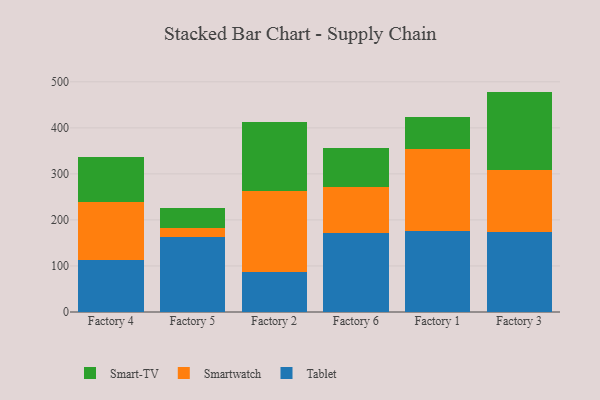
{"axis": {"x": "Factory", "y": "Conversion Rate (%)"}, "legend": ["Smart-TV", "Smartwatch", "Tablet"], "data": [{"x": "Factory 4", "y": 114.0, "type": "Tablet"}, {"x": "Factory 4", "y": 124.6, "type": "Smartwatch"}, {"x": "Factory 4", "y": 98.1, "type": "Smart-TV"}, {"x": "Factory 5", "y": 162.1, "type": "Tablet"}, {"x": "Factory 5", "y": 19.7, "type": "Smartwatch"}, {"x": "Factory 5", "y": 44.9, "type": "Smart-TV"}, {"x": "Factory 2", "y": 86.1, "type": "Tablet"}, {"x": "Factory 2", "y": 176.2, "type": "Smartwatch"}, {"x": "Factory 2", "y": 149.3, "type": "Smart-TV"}, {"x": "Factory 6", "y": 172.0, "type": "Tablet"}, {"x": "Factory 6", "y": 100.0, "type": "Smartwatch"}, {"x": "Factory 6", "y": 85.2, "type": "Smart-TV"}, {"x": "Factory 1", "y": 176.9, "type": "Tablet"}, {"x": "Factory 1", "y": 176.9, "type": "Smartwatch"}, {"x": "Factory 1", "y": 70.4, "type": "Smart-TV"}, {"x": "Factory 3", "y": 173.0, "type": "Tablet"}, {"x": "Factory 3", "y": 135.8, "type": "Smartwatch"}, {"x": "Factory 3", "y": 169.9, "type": "Smart-TV"}]}